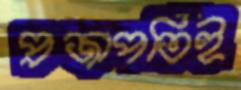
প্রজাপতিই